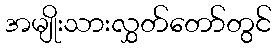
အမျိုးသားလွှတ်တော်တွင်